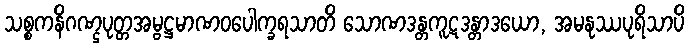
သစ္စကနိဂဏ္ဌပုတ္တအမ္ဗဋ္ဌမာဏဝပေါက္ခရသာတိ သောဏဒန္တကူဋဒန္တာဒယော, အမနုဿပုရိသာပိ